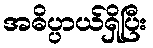
အဓိပ္ပာယ်ရှိပြီး